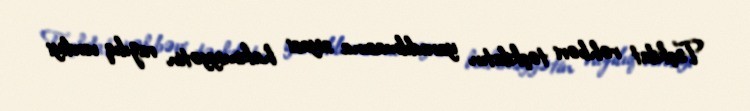
Təşkilat rəhbəri təşkilatın yaradılmasına siyasi hakimiyyətin razılıq verdiyi